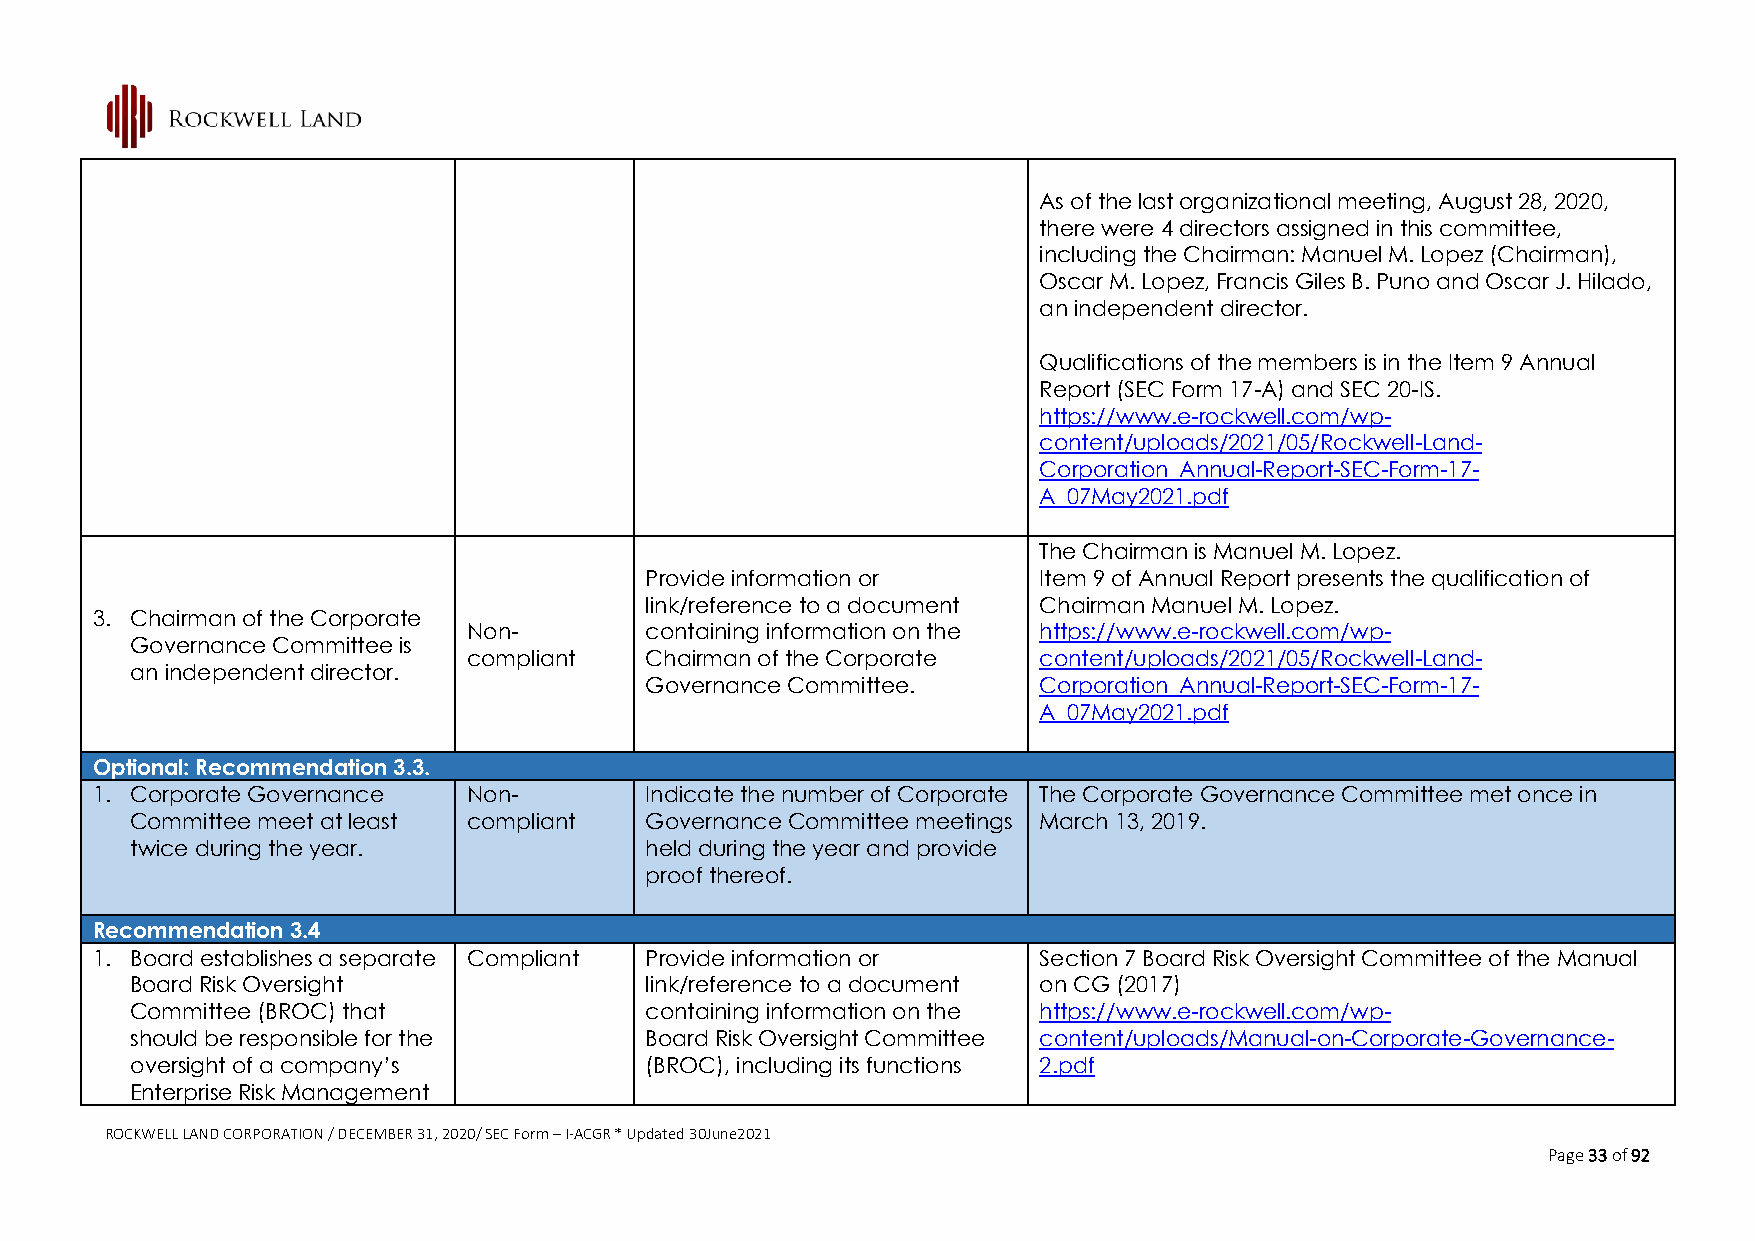
As of the last organizational meeting, August 28, 2020,
 there were 4 directors assigned in this committee,
 including the Chairman: Manuel M. Lopez (Chairman),
 Oscar M. Lopez, Francis Giles B. Puno and Oscar J. Hilado,
 an independent director.
 Qualifications of the members is in the Item 9 Annual
 Report (SEC Form 17-A) and SEC 20-IS.
 https://www.e-rockwell.com/wp-
 content/uploads/2021/05/Rockwell-Land-
 Corporation_Annual-Report-SEC-Form-17-
 A_07May2021.pdf
 The Chairman is Manuel M. Lopez.
 Provide information or    Item 9 of Annual Report presents the qualification of
 link/reference to a document Chairman Manuel M. Lopez.
 3. Chairman of the Corporate
 Non-        containing information on the https://www.e-rockwell.com/wp-
 Governance Committee is
 compliant   Chairman of the Corporate content/uploads/2021/05/Rockwell-Land-
 an independent director.
 Governance Committee.     Corporation_Annual-Report-SEC-Form-17-
 A_07May2021.pdf
 Optional: Recommendation 3.3.
 1. Corporate Governance  Non-        Indicate the number of Corporate The Corporate Governance Committee met once in
 Committee meet at least compliant Governance Committee meetings March 13, 2019.
 twice during the year.            held during the year and provide
 proof thereof.
 Recommendation 3.4
 1. Board establishes a separate Compliant Provide information or Section 7 Board Risk Oversight Committee of the Manual
 Board Risk Oversight              link/reference to a document on CG (2017)
 Committee (BROC) that             containing information on the https://www.e-rockwell.com/wp-
 should be responsible for the     Board Risk Oversight Committee content/uploads/Manual-on-Corporate-Governance-
 oversight of a company’s          (BROC), including its functions 2.pdf
 Enterprise Risk Management
 ROCKWELL LAND CORPORATION / DECEMBER 31, 2020/ SEC Form – I-ACGR * Updated 30June2021
 Page 33 of 92